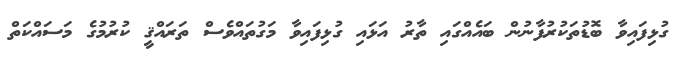
ގުޅިފައިވާ ބޮޑުތަކުރުފާނުން ބައެއްގައި ތާރު އަޅައި ގުޅިފައިވާ މަގުތައްވެސް ތަރައްޤީ ކުރުމުގެ މަސައްކަތް